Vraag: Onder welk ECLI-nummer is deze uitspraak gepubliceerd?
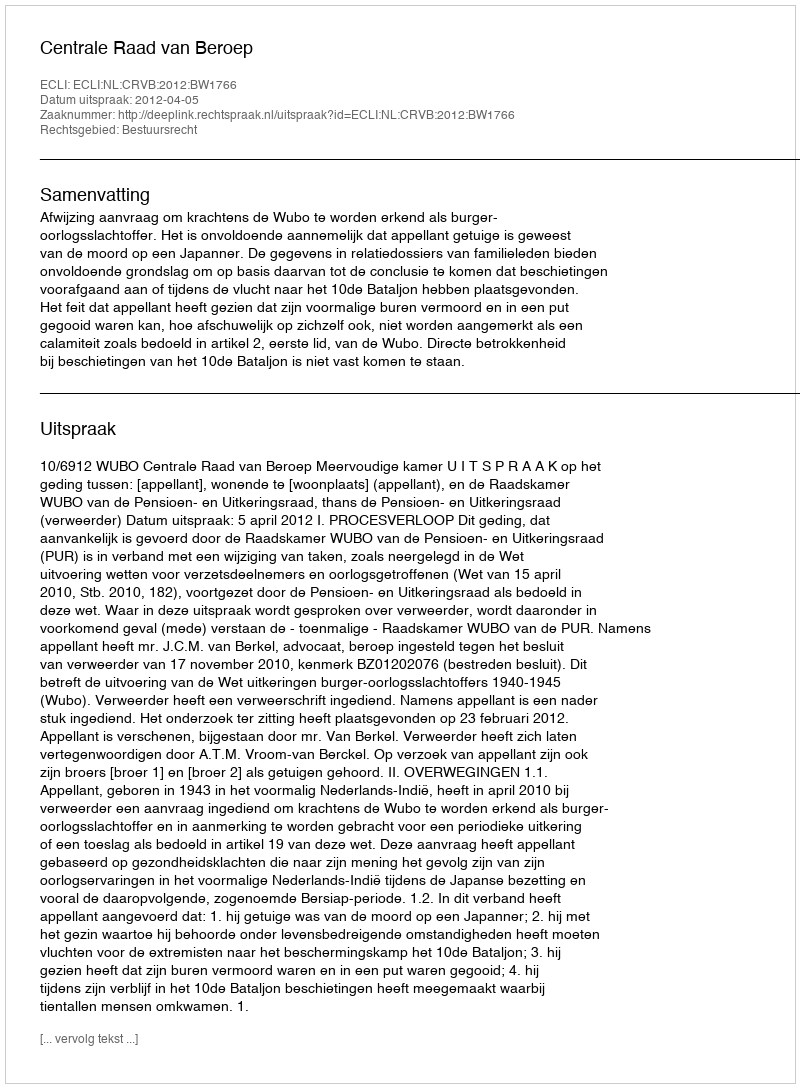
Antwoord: ECLI:NL:CRVB:2012:BW1766